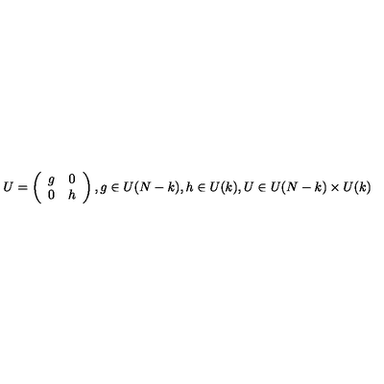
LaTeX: U = \left( \begin{array} { c c } { g } & { 0 } \\ { 0 } & { h } \\ \end{array} \right) , g \in U ( N - k ) , h \in U ( k ) , U \in U ( N - k ) \times U ( k )